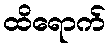
ထိရောက်